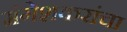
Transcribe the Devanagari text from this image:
मंगेशकरांचा